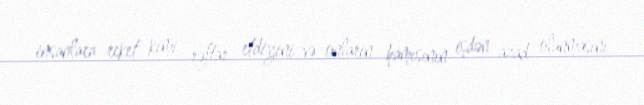
insanlara reket kimi rəftar etdiyini və onların hamısının işdən azad olunmasını